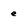
Character: e